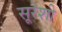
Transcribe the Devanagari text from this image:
सूरेशी